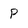
Character: p